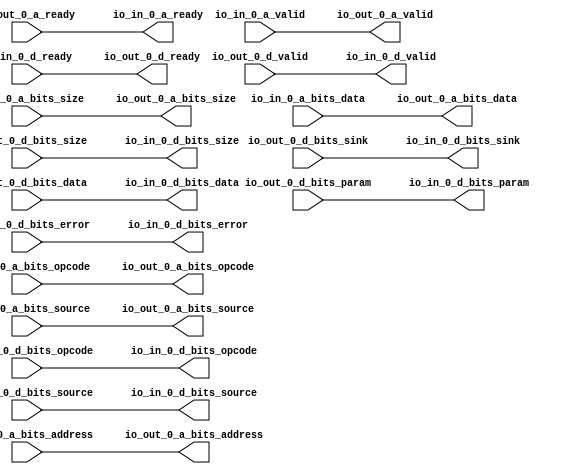
// Copyright (c) 2017, Microsemi Corporation
// All rights reserved.
//
// Redistribution and use in source and binary forms, with or without
// modification, are permitted provided that the following conditions are met:
//     * Redistributions of source code must retain the above copyright
//       notice, this list of conditions and the following disclaimer.
//     * Redistributions in binary form must reproduce the above copyright
//       notice, this list of conditions and the following disclaimer in the
//       documentation and/or other materials provided with the distribution.
//     * Neither the name of the <organization> nor the
//       names of its contributors may be used to endorse or promote products
//       derived from this software without specific prior written permission.
//
// THIS SOFTWARE IS PROVIDED BY THE COPYRIGHT HOLDERS AND CONTRIBUTORS "AS IS" AND
// ANY EXPRESS OR IMPLIED WARRANTIES, INCLUDING, BUT NOT LIMITED TO, THE IMPLIED
// WARRANTIES OF MERCHANTABILITY AND FITNESS FOR A PARTICULAR PURPOSE ARE
// DISCLAIMED. IN NO EVENT SHALL MICROSEMI CORPORATIONM BE LIABLE FOR ANY
// DIRECT, INDIRECT, INCIDENTAL, SPECIAL, EXEMPLARY, OR CONSEQUENTIAL DAMAGES
// (INCLUDING, BUT NOT LIMITED TO, PROCUREMENT OF SUBSTITUTE GOODS OR SERVICES;
// LOSS OF USE, DATA, OR PROFITS; OR BUSINESS INTERRUPTION) HOWEVER CAUSED AND
// ON ANY THEORY OF LIABILITY, WHETHER IN CONTRACT, STRICT LIABILITY, OR TORT
// (INCLUDING NEGLIGENCE OR OTHERWISE) ARISING IN ANY WAY OUT OF THE USE OF THIS
// SOFTWARE, EVEN IF ADVISED OF THE POSSIBILITY OF SUCH DAMAGE.
//
// APACHE LICENSE
// Copyright (c) 2017, Microsemi Corporation 
//
// Licensed under the Apache License, Version 2.0 (the "License");
// you may not use this file except in compliance with the License.
// You may obtain a copy of the License at
//
//    http://www.apache.org/licenses/LICENSE-2.0
//
// Unless required by applicable law or agreed to in writing, software
// distributed under the License is distributed on an "AS IS" BASIS,
// WITHOUT WARRANTIES OR CONDITIONS OF ANY KIND, either express or implied.
// See the License for the specific language governing permissions and
// limitations under the License.
//
// Description:
//
// SVN Revision Information:
// SVN $Revision: $
// SVN $Date: $
//
// Resolved SARs
// SAR      Date     Who   Description
//
// Notes:
//
// ****************************************************************************/
`define RANDOMIZE
`timescale 1ns/10ps
module PROC_SUBSYSTEM_MIV_RV32IMA_L1_AHB_0_MIV_RV32IMA_L1_AHB_TL_WIDTH_WIDGET_3(
  output        io_in_0_a_ready,
  input         io_in_0_a_valid,
  input  [2:0]  io_in_0_a_bits_opcode,
  input  [2:0]  io_in_0_a_bits_size,
  input  [1:0]  io_in_0_a_bits_source,
  input  [30:0] io_in_0_a_bits_address,
  input  [31:0] io_in_0_a_bits_data,
  input         io_in_0_d_ready,
  output        io_in_0_d_valid,
  output [2:0]  io_in_0_d_bits_opcode,
  output [1:0]  io_in_0_d_bits_param,
  output [2:0]  io_in_0_d_bits_size,
  output [1:0]  io_in_0_d_bits_source,
  output        io_in_0_d_bits_sink,
  output [31:0] io_in_0_d_bits_data,
  output        io_in_0_d_bits_error,
  input         io_out_0_a_ready,
  output        io_out_0_a_valid,
  output [2:0]  io_out_0_a_bits_opcode,
  output [2:0]  io_out_0_a_bits_size,
  output [1:0]  io_out_0_a_bits_source,
  output [30:0] io_out_0_a_bits_address,
  output [31:0] io_out_0_a_bits_data,
  output        io_out_0_d_ready,
  input         io_out_0_d_valid,
  input  [2:0]  io_out_0_d_bits_opcode,
  input  [1:0]  io_out_0_d_bits_param,
  input  [2:0]  io_out_0_d_bits_size,
  input  [1:0]  io_out_0_d_bits_source,
  input         io_out_0_d_bits_sink,
  input  [31:0] io_out_0_d_bits_data,
  input         io_out_0_d_bits_error
);
  assign io_in_0_a_ready = io_out_0_a_ready;
  assign io_in_0_d_valid = io_out_0_d_valid;
  assign io_in_0_d_bits_opcode = io_out_0_d_bits_opcode;
  assign io_in_0_d_bits_param = io_out_0_d_bits_param;
  assign io_in_0_d_bits_size = io_out_0_d_bits_size;
  assign io_in_0_d_bits_source = io_out_0_d_bits_source;
  assign io_in_0_d_bits_sink = io_out_0_d_bits_sink;
  assign io_in_0_d_bits_data = io_out_0_d_bits_data;
  assign io_in_0_d_bits_error = io_out_0_d_bits_error;
  assign io_out_0_a_valid = io_in_0_a_valid;
  assign io_out_0_a_bits_opcode = io_in_0_a_bits_opcode;
  assign io_out_0_a_bits_size = io_in_0_a_bits_size;
  assign io_out_0_a_bits_source = io_in_0_a_bits_source;
  assign io_out_0_a_bits_address = io_in_0_a_bits_address;
  assign io_out_0_a_bits_data = io_in_0_a_bits_data;
  assign io_out_0_d_ready = io_in_0_d_ready;
endmodule